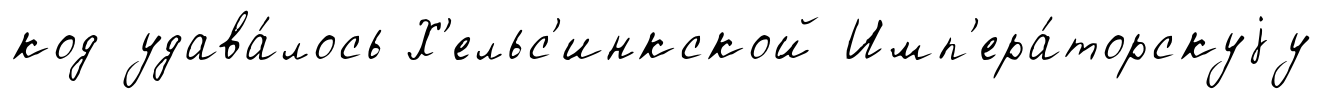
код удава́лось Х'ельс'инкской Имп'ера́торскуjу